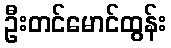
ဦးတင်မောင်ထွန်း